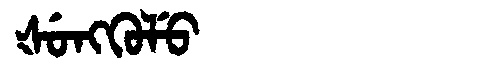
Manchu: ᡧᡠᠩᡴᡠᠯᡠ
Romanization: ŠUNGKULU